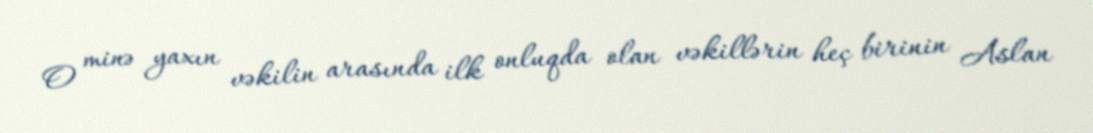
O minə yaxın vəkilin arasında ilk onluqda olan vəkillərin heç birinin Aslan